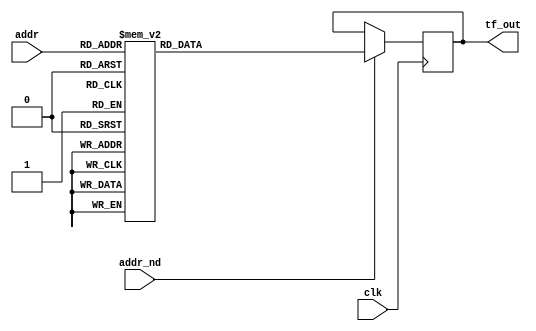
// Copyright (c) 2012 Ben Reynwar
// Released under MIT License (see LICENSE.txt)

module twiddlefactors (
    input  wire                            clk,
    input  wire [3:0]          addr,
    input  wire                            addr_nd,
    output reg signed [23:0] tf_out
  );

  always @ (posedge clk)
    begin
      if (addr_nd)
        begin
          case (addr)
			
            4'd0: tf_out <= { 12'sd1024,  -12'sd0 };
			
            4'd1: tf_out <= { 12'sd1004,  -12'sd200 };
			
            4'd2: tf_out <= { 12'sd946,  -12'sd392 };
			
            4'd3: tf_out <= { 12'sd851,  -12'sd569 };
			
            4'd4: tf_out <= { 12'sd724,  -12'sd724 };
			
            4'd5: tf_out <= { 12'sd569,  -12'sd851 };
			
            4'd6: tf_out <= { 12'sd392,  -12'sd946 };
			
            4'd7: tf_out <= { 12'sd200,  -12'sd1004 };
			
            4'd8: tf_out <= { 12'sd0,  -12'sd1024 };
			
            4'd9: tf_out <= { -12'sd200,  -12'sd1004 };
			
            4'd10: tf_out <= { -12'sd392,  -12'sd946 };
			
            4'd11: tf_out <= { -12'sd569,  -12'sd851 };
			
            4'd12: tf_out <= { -12'sd724,  -12'sd724 };
			
            4'd13: tf_out <= { -12'sd851,  -12'sd569 };
			
            4'd14: tf_out <= { -12'sd946,  -12'sd392 };
			
            4'd15: tf_out <= { -12'sd1004,  -12'sd200 };
			
            default:
              begin
                tf_out <= 24'd0;
              end
         endcase
      end
  end
endmodule